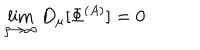
LaTeX: \lim _ { \rho \to \infty } D _ { \mu } [ \Phi ^ { ( A ) } ] = 0